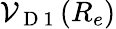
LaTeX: \mathcal{V}_{\mathrm{{~D~1~}}}(R_{e})